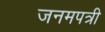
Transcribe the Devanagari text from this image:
जनमपत्री